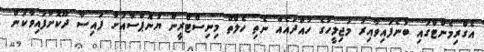
އެގްރިމެންޓްގައި ބުނެފައިވާއިރު މަޖިލީހުގެ ހުއްދައެއް ނެތި ހެލްތް މިނިސްޓްރީން ޔުނޮޕްސާއަށް ފައިސާ ދޫކޮށްފައިވާކަން